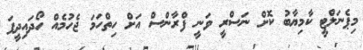
މިޕެނަލްޓީ ކާމިޔާބު ކޮށް ނަސްރީ ވަނީ ފްރާންސް އަށް ހިތްހަމަ ޖެހުމެއް ހޯދައިދީފަ